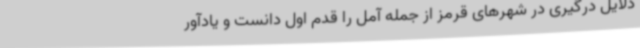
دلایل درگیری در شهرهای قرمز از جمله آمل را قدم اول دانست و یادآور